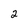
Character: 2